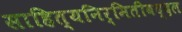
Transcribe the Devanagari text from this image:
साहित्यनिर्मितीबद्दल